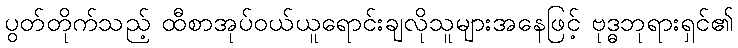
ပွတ်တိုက်သည့် ထီစာအုပ်ဝယ်ယူရောင်းချလိုသူများအနေဖြင့် ဗုဒ္ဓဘုရားရှင်၏